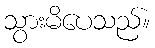
သွားမိပေသည်။